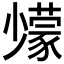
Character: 𡮹